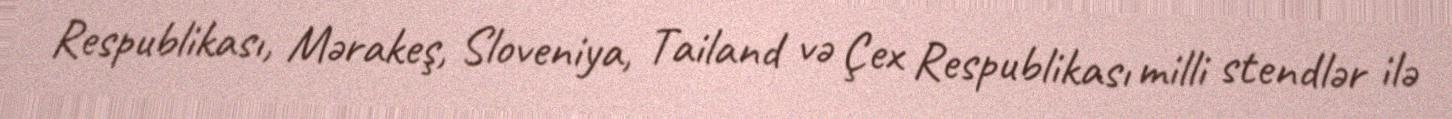
Respublikası, Mərakeş, Sloveniya, Tailand və Çex Respublikası milli stendlər ilə